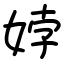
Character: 㛘